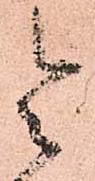
令